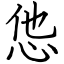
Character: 怹